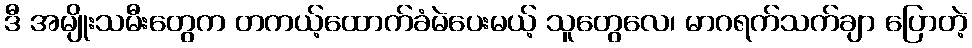
ဒီ အမျိုးသမီးတွေက တကယ့်ထောက်ခံမဲပေးမယ့် သူတွေလေ၊ မာဂရက်သက်ချာ ပြောတဲ့